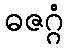
ဓဇဂ္ဂံ